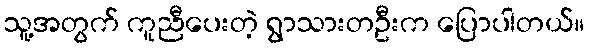
သူ့အတွက် ကူညီပေးတဲ့ ရွာသားတဦးက ပြောပါတယ်။